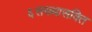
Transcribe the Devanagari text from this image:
६सख्यासक्ति